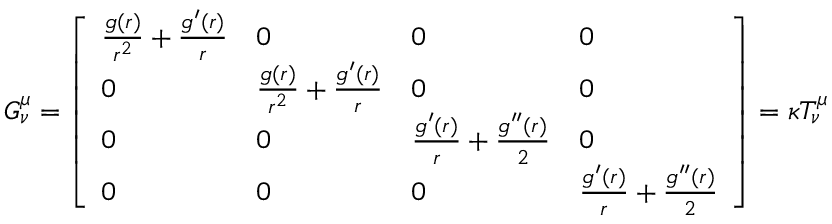
\begin{array} { r } { G _ { \nu } ^ { \mu } = \left[ \begin{array} { l l l l } { \frac { g ( r ) } { r ^ { 2 } } + \frac { g ^ { \prime } ( r ) } { r } } & { 0 } & { 0 } & { 0 } \\ { 0 } & { \frac { g ( r ) } { r ^ { 2 } } + \frac { g ^ { \prime } ( r ) } { r } } & { 0 } & { 0 } \\ { 0 } & { 0 } & { \frac { g ^ { \prime } ( r ) } { r } + \frac { g ^ { \prime \prime } ( r ) } { 2 } } & { 0 } \\ { 0 } & { 0 } & { 0 } & { \frac { g ^ { \prime } ( r ) } { r } + \frac { g ^ { \prime \prime } ( r ) } { 2 } } \end{array} \right] = \kappa T _ { \nu } ^ { \mu } } \end{array}